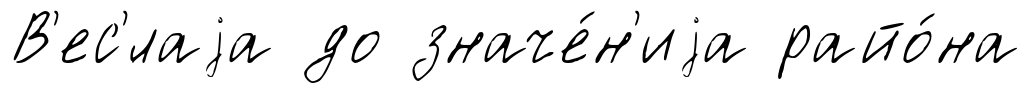
В'ес'́лаjа до значе́н'иjа райо́на